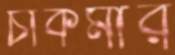
চাকমার